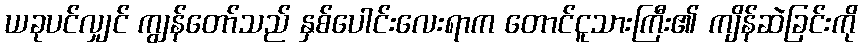
ယခုပင်လျှင် ကျွန်တော်သည် နှစ်ပေါင်းလေးရာက တောင်ငူသားကြီး၏ ကျိန်ဆဲခြင်းကို